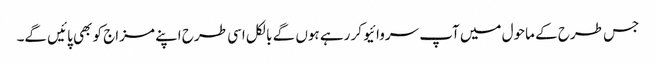
جس طرح کے ماحول میں آپ سروائیو کر رہے ہوں گے بالکل اسی طرح اپنے مزاج کو بھی پائیں گے۔